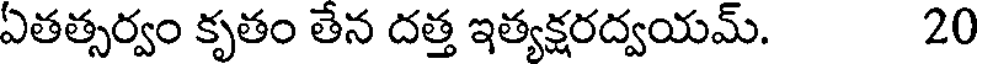
ఏతత్సర్వం కృతం తేన దత్త ఇత్యక్షరద్వయమ్. 20